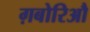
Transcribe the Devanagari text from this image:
ग़बोरिऔ